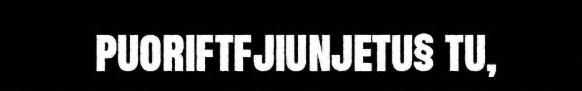
puoriftfjiunjetu§ tu,